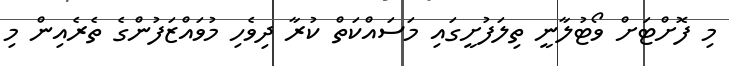
މި ފޮށްޓަށް ވޯޓުލާނީ ތިލަފުށީގައި މަސައްކަތް ކުރާ ދިވެހި މުވައްޒަފުންގެ ތެރެއިން މި